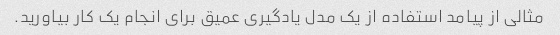
مثالی از پیامد استفاده از یک مدل یادگیری عمیق برای انجام یک کار بیاورید.